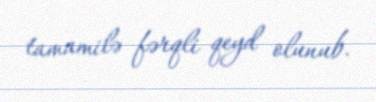
tamamilə fərqli qeyd olunub.